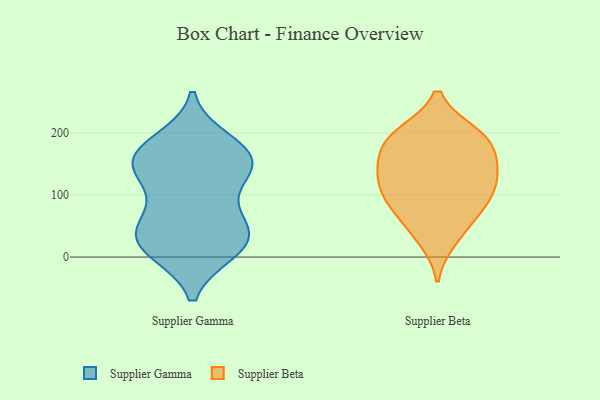
{"axis": {"x": "Customer Acquisition Cost (USD)", "y": "Value"}, "legend": ["Supplier Beta", "Supplier Gamma"], "data": [{"x": "", "y": 131, "type": "Supplier Gamma"}, {"x": "", "y": 138, "type": "Supplier Gamma"}, {"x": "", "y": 171, "type": "Supplier Gamma"}, {"x": "", "y": 186, "type": "Supplier Gamma"}, {"x": "", "y": 165, "type": "Supplier Gamma"}, {"x": "", "y": 44, "type": "Supplier Gamma"}, {"x": "", "y": 40, "type": "Supplier Gamma"}, {"x": "", "y": 11, "type": "Supplier Gamma"}, {"x": "", "y": 12, "type": "Supplier Gamma"}, {"x": "", "y": 82, "type": "Supplier Gamma"}, {"x": "", "y": 161, "type": "Supplier Gamma"}, {"x": "", "y": 159, "type": "Supplier Gamma"}, {"x": "", "y": 45, "type": "Supplier Gamma"}, {"x": "", "y": 134, "type": "Supplier Gamma"}, {"x": "", "y": 40, "type": "Supplier Gamma"}, {"x": "", "y": 10, "type": "Supplier Gamma"}, {"x": "", "y": 130, "type": "Supplier Beta"}, {"x": "", "y": 171, "type": "Supplier Beta"}, {"x": "", "y": 142, "type": "Supplier Beta"}, {"x": "", "y": 82, "type": "Supplier Beta"}, {"x": "", "y": 199, "type": "Supplier Beta"}, {"x": "", "y": 195, "type": "Supplier Beta"}, {"x": "", "y": 144, "type": "Supplier Beta"}, {"x": "", "y": 48, "type": "Supplier Beta"}, {"x": "", "y": 131, "type": "Supplier Beta"}, {"x": "", "y": 28, "type": "Supplier Beta"}, {"x": "", "y": 183, "type": "Supplier Beta"}, {"x": "", "y": 198, "type": "Supplier Beta"}, {"x": "", "y": 104, "type": "Supplier Beta"}, {"x": "", "y": 83, "type": "Supplier Beta"}, {"x": "", "y": 95, "type": "Supplier Beta"}]}